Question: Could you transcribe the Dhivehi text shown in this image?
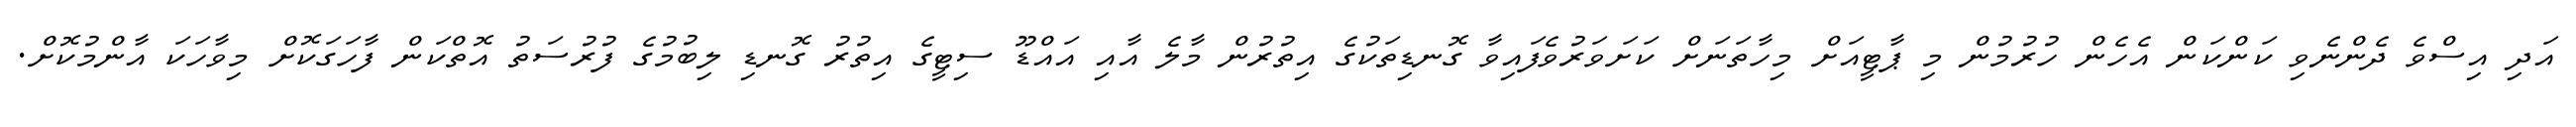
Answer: އަދި އިސްވެ ދެންނެވި ކަންކަން އެހެން ހުރުމުން މި ޕާޓީއަށް މިހާތަނަށް ކަށަވަރުވެފައިވާ ގޮނޑިތަކުގެ އިތުރުން މާލެ އާއި އައްޑޫ ސިޓީގެ އިތުރު ގޮނޑި ލިބުމުގެ ފުރުސަތު އޮތްކަން ފާހަގަކޮށް މިވާހަކަ އާންމުކޮށް.